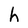
Character: h